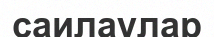
саилаулар